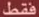
فقط